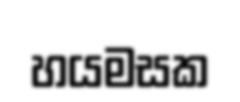
හයමසක